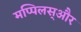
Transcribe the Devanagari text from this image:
मप्पिलस्और